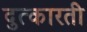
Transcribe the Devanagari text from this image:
दुत्कारती